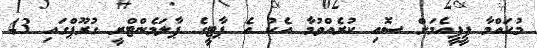
މުހައްމާ ޕީޕީއެމަށް ސޮއި ކުރެއްވުމާ އެކު އެ ޕާޓީގެ ޕާލަމެންޓްރީ ގުރޫޕްގައި 43